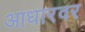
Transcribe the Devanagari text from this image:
आधारवर